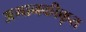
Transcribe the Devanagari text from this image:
अमानकीकृत